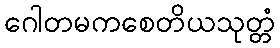
ဂေါတမကစေတိယသုတ္တံ